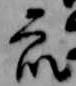
衆